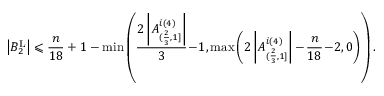
\left| B _ { 2 } ^ { \operatorname { L } } \right| \leqslant \frac { n } { 1 8 } + 1 - \operatorname* { m i n } \left( \frac { 2 \left| A _ { ( \frac { 2 } { 3 } , 1 ] } ^ { i ( 4 ) } \right| } { 3 } \! - \! 1 , \operatorname* { m a x } \left( 2 \left| A _ { ( \frac { 2 } { 3 } , 1 ] } ^ { i ( 4 ) } \right| - \! \frac { n } { 1 8 } \! - \! 2 , 0 \right) \right) .